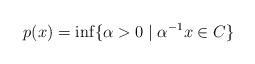
LaTeX: \begin{align*} p(x)=\inf\{\alpha>0\mid \alpha^{-1}x\in C\} \end{align*}